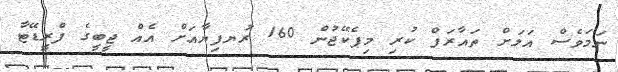
ނަމަވެސް އަލަށް ތައާރަފް ކުރި މިޕެކޭޖުން 160 ރުޔފިޔާއަށް އެއް ޖީބީގެ ފްރީޑޭޓާ